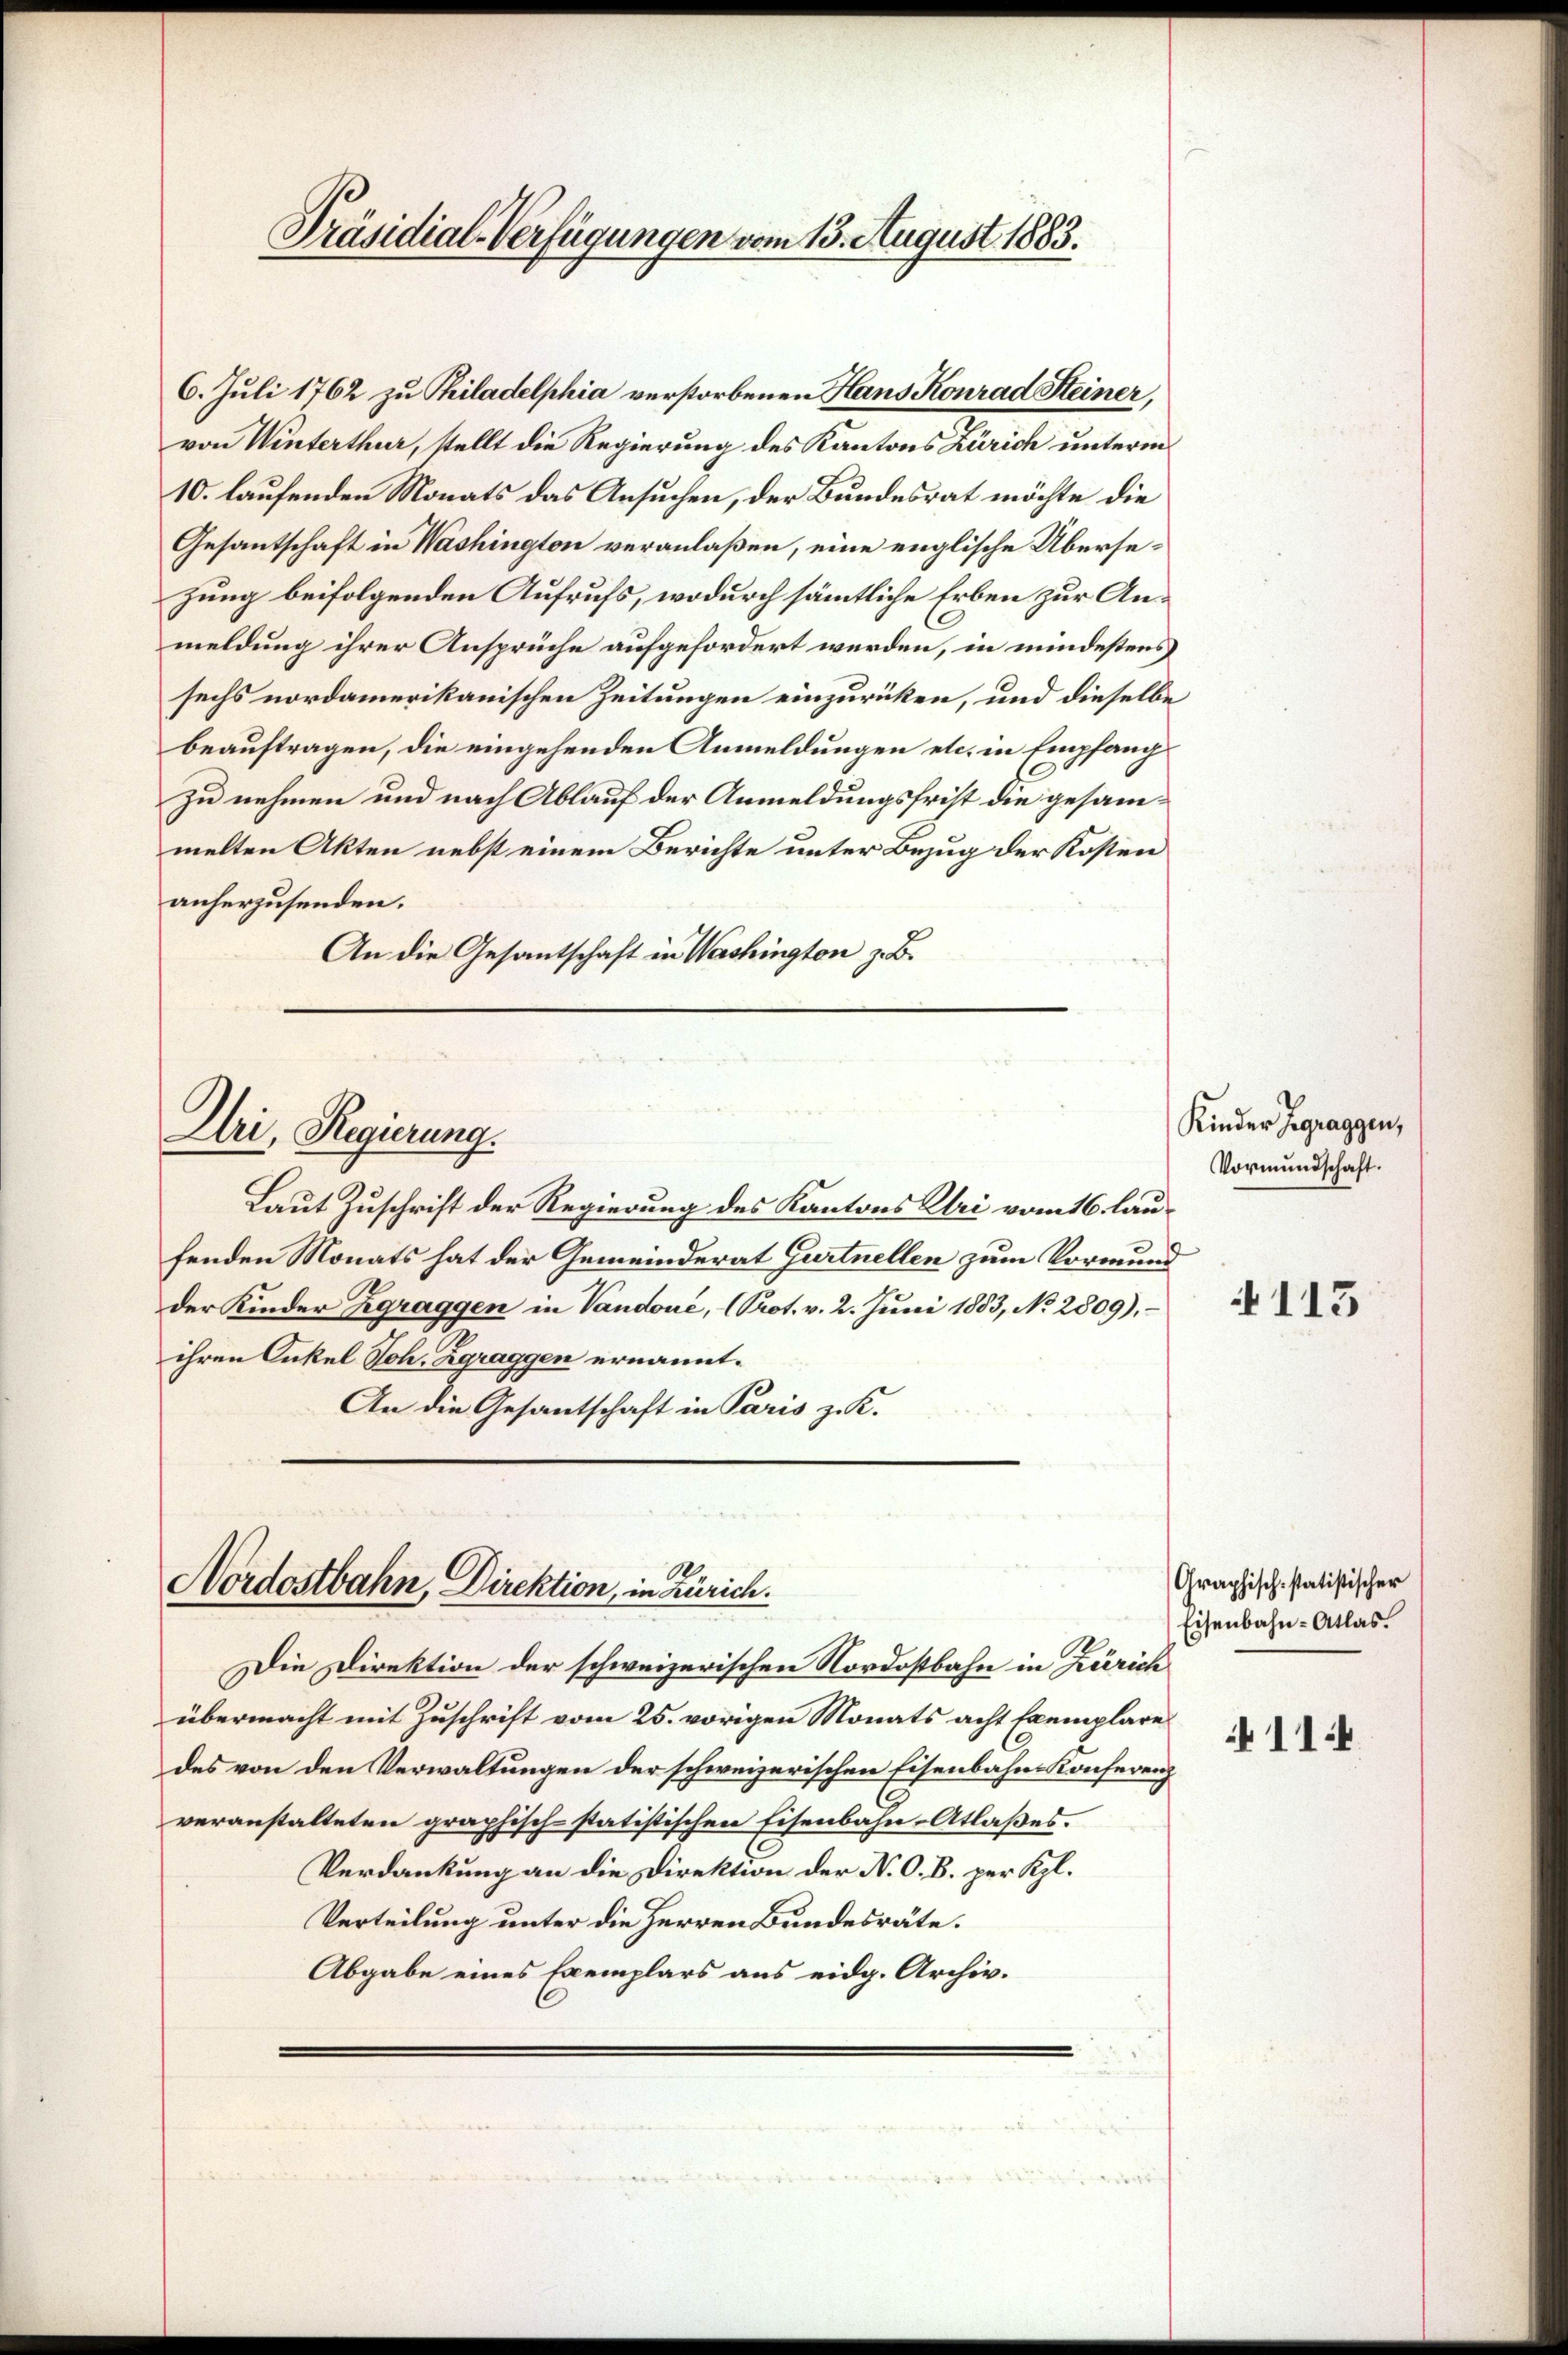
6. Juli 1762 zu Thiladelphia verstorbenen Hans Konrad Steiner,
von Winterthur, stellt die Regierung des Kantons Zürich unterm
10. laufenden Monats das Ansuchen, der Bundesrat möchte die
Gesantschaft in Washington veranlaßen, eine englische Übersezung beifolgenden Aufrufs, wodurch sämtliche Erben zur Anmeldung ihrer Ansprüche aufgefordert werden, in mindestens
sechs nordamerikanischen Zeitungen einzurücken, und dieselbe
beauftragen, die eingehenden Anmeldungen etc. in Empfang
zu nehmen und nach Ablauf der Anmeldungsfrist die gesammelten Akten nebst einem Berichte unter Bezug der Kosten
anherzusenden.
An die Gesantschaft in Washington z. B.

Uri, Regierung.

Präsidial-Verfügungen vom 13. August 1883.

.
Nordostbahn, Direktion, in Zürich.

Laut Zuschrift der Regierung des Kantons Uri vom 16. laufenden Monats hat der Gemeinderat Gurtnellen zum Vormund
der Kinder Zgraggen in Vandoué, (Prot. v. 2. Juni 1883, No 2809),
ihren Onkel Sch. Zgraggen ernannt.
An die Gesantschaft in Paris z. K.

Die Direktion der schweizerischen Nordostbahn in Zürich
übermacht mit Zuschrift vom 25. vorigen Monats acht Exemplare
des von den Verwaltungen der schweizerischen Eisenbahn Konferenz
veranstalteten graphisch-statistischen Eisenbahn-Atlaßes.
Verdankung an die Direktion der N. O. B. per Kgl.
Verteilung unter die Herren Bundesräte.
Abgabe eines Exemplars aus eidg. Archiv.

Kinder Zgraggen,
Vormundschaft.

113

Graphisch-statistischer
Eisenbahn-Atlas.

114